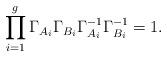
LaTeX: \begin{align*}\prod^g_{i=1}\Gamma_{A_i}\Gamma_{B_i}\Gamma^{-1}_{A_i} \Gamma^{-1}_{B_i}=1.\end{align*}